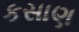
કસાણ